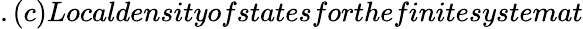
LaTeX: .(c)Localdensityofstatesforthefinitesystemat